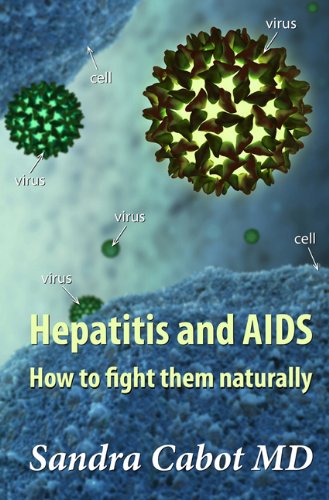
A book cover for Hepatitis and Aids: How to Fight Them Naturally; Sandra Cabot; Health, Fitness & Dieting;